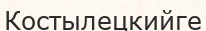
Костылецкийге